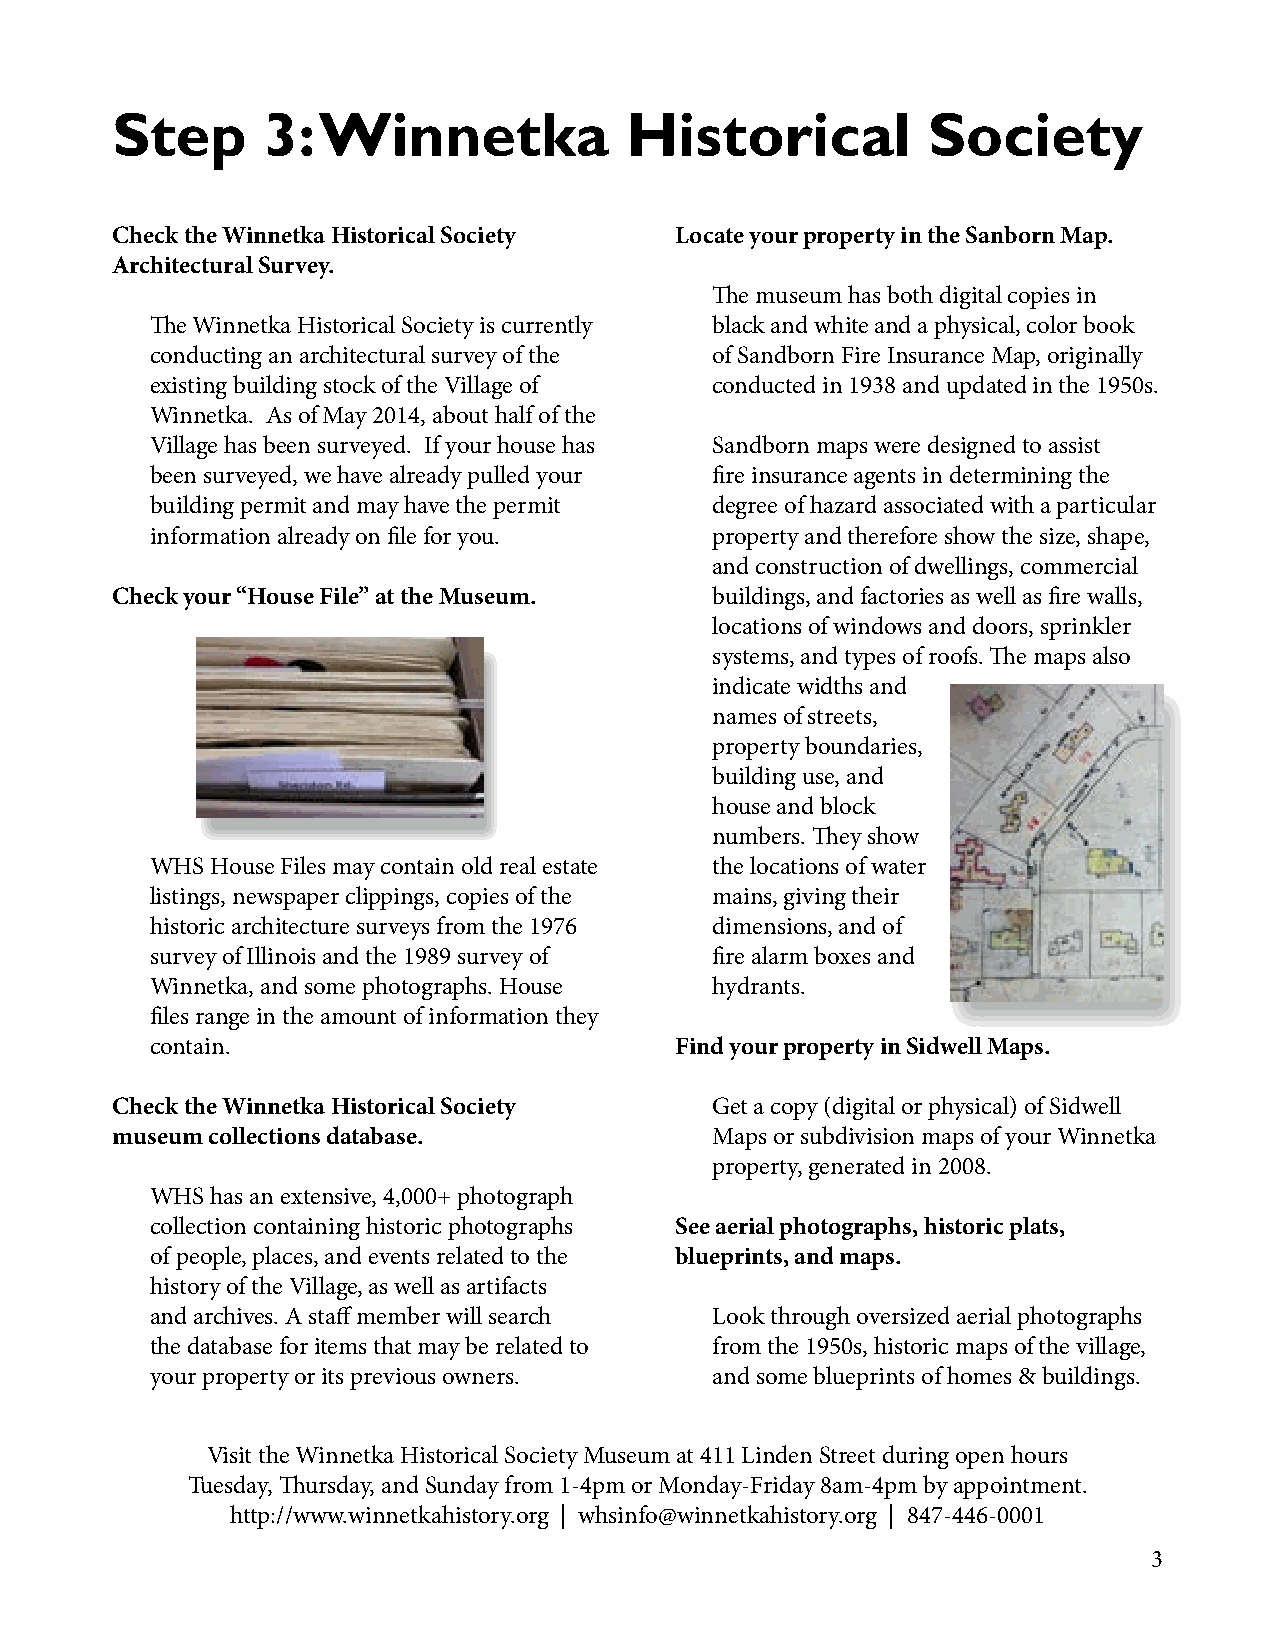
Step      3:  Winnetka            Historical          Society
 Check the Winnetka Historical Society Locate your property in the Sanborn Map.
 Architectural Survey.
 The museum has both digital copies in
 The Winnetka Historical Society is currently black and white and a physical, color book
 conducting an architectural survey of the of Sandborn Fire Insurance Map, originally
 existing building stock of the Village of conducted in 1938 and updated in the 1950s.
 Winnetka. As of May 2014, about half of the
 Village has been surveyed. If your house has Sandborn maps were designed to assist
 been surveyed, we have already pulled your fire insurance agents in determining the
 building permit and may have the permit degree of hazard associated with a particular
 information already on file for you. property and therefore show the size, shape,
 and construction of dwellings, commercial
 Check your “House File” at the Museum.  buildings, and factories as well as fire walls,
 locations of windows and doors, sprinkler
 systems, and types of roofs. The maps also
 indicate widths and
 names of streets,
 property boundaries,
 building use, and
 house and block
 numbers. They show
 WHS House Files may contain old real estate the locations of water
 listings, newspaper clippings, copies of the mains, giving their
 historic architecture surveys from the 1976 dimensions, and of
 survey of Illinois and the 1989 survey of fire alarm boxes and
 Winnetka, and some photographs. House hydrants.
 files range in the amount of information they
 contain.                           Find your property in Sidwell Maps.
 Check the Winnetka Historical Society   Get a copy (digital or physical) of Sidwell
 museum collections database.            Maps or subdivision maps of your Winnetka
 property, generated in 2008.
 WHS has an extensive, 4,000+ photograph
 collection containing historic photographs See aerial photographs, historic plats,
 of people, places, and events related to the blueprints, and maps.
 history of the Village, as well as artifacts
 and archives. A staff member will search Look through oversized aerial photographs
 the database for items that may be related to from the 1950s, historic maps of the village,
 your property or its previous owners. and some blueprints of homes & buildings.
 Visit the Winnetka Historical Society Museum at 411 Linden Street during open hours
 Tuesday, Thursday, and Sunday from 1-4pm or Monday-Friday 8am-4pm by appointment.
 http://www.winnetkahistory.org | whsinfo@winnetkahistory.org | 847-446-0001
 3